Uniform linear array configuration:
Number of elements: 48
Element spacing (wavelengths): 0.5
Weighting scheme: hann
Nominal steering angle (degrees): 45
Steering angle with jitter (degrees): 46.506
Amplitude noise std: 0.05
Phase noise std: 0.05

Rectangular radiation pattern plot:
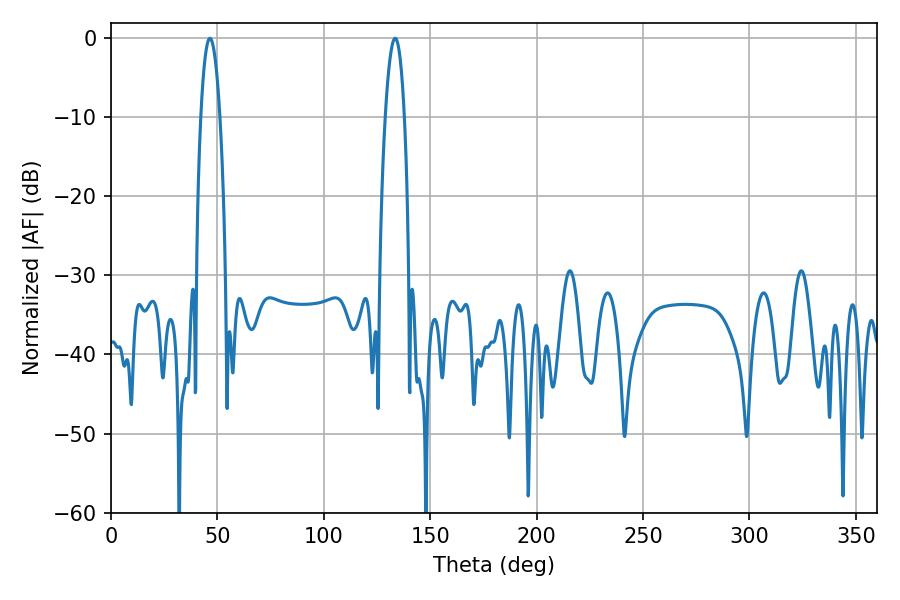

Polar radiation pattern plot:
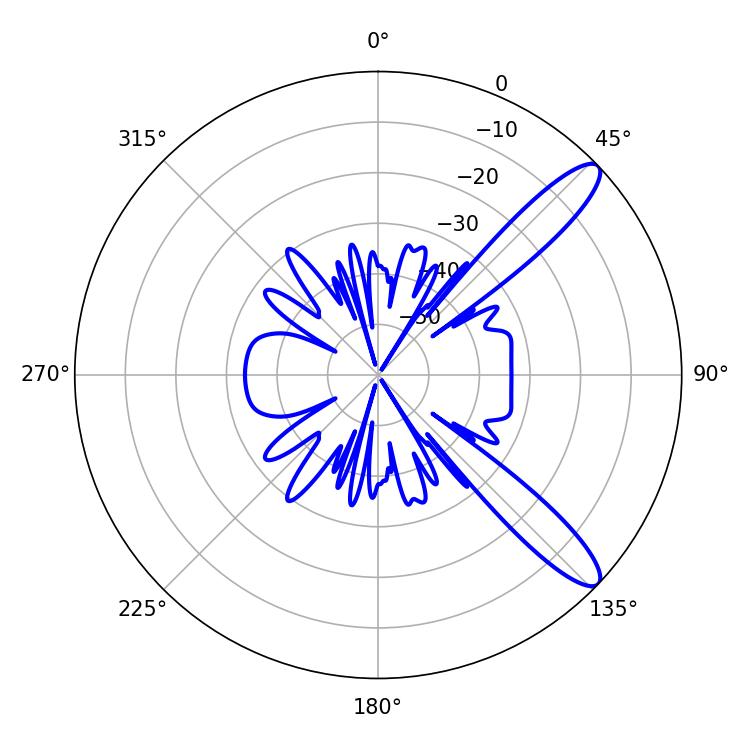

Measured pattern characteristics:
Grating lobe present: FALSE
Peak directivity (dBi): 11.68
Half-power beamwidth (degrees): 4.86
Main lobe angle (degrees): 46.44